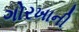
ગોરખાની